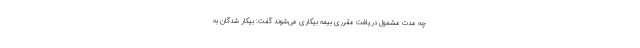
چه مدت مشمول دریافت مقرری بیمه بیکاری می‌شوند گفت: بیکار شدگان به